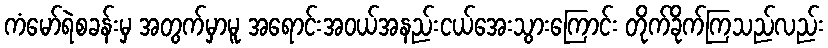
ကံမော်ရဲစခန်းမှ အတွက်မှာမူ အရောင်းအဝယ်အနည်းငယ်အေးသွားကြောင်း တိုက်ခိုက်ကြသည်လည်း